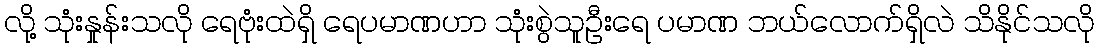
လို့ သုံးနှုန်းသလို ရေဗုံးထဲရှိ ရေပမာဏဟာ သုံးစွဲသူဦးရေ ပမာဏ ဘယ်လောက်ရှိလဲ သိနိုင်သလို